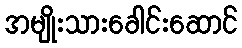
အမျိုးသားခေါင်းဆောင်